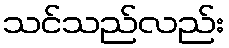
သင်သည်လည်း